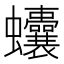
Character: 𧖒